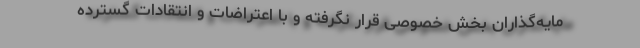
مایه‌گذاران بخش خصوصی قرار نگرفته و با اعتراضات و انتقادات گسترده